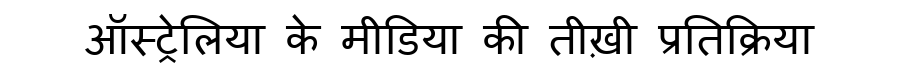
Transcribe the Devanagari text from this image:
ऑस्ट्रेलिया के मीडिया की तीख़ी प्रतिक्रिया